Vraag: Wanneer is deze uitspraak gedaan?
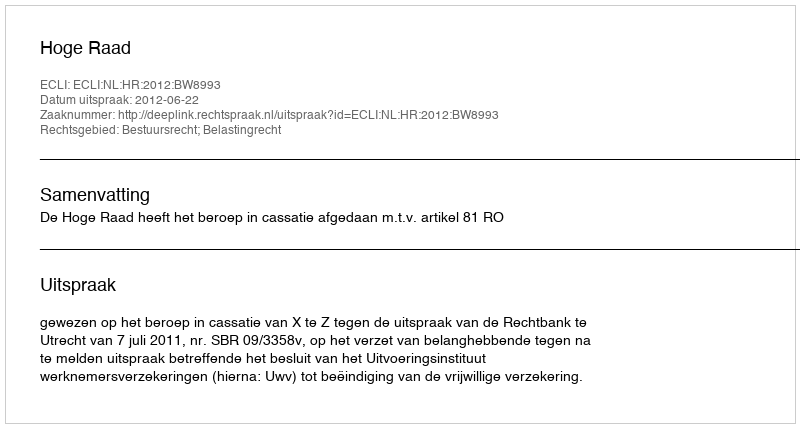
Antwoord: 2012-06-22